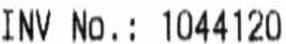
INV NO.: 1044120